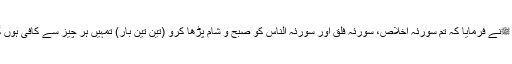
آپ ﷺنے فرمایا کہ تم سورئہ اخلاص، سورئہ فلق اور سورئہ الناس کو صبح و شام پڑھا کرو (تین تین بار) تمہیں ہر چیز سے کافی ہوں گی۔